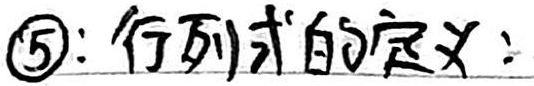
\textcircled{5}：行列式的定义：